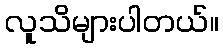
လူသိများပါတယ်။